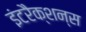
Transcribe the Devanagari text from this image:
इंटरैक्शन्स